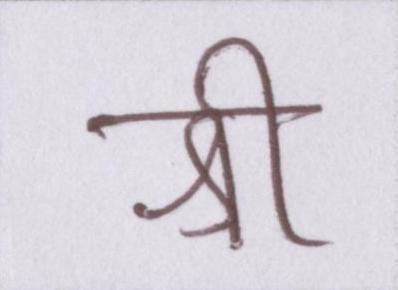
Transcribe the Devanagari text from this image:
श्री